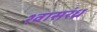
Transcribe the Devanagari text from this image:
श्वासरंध्र